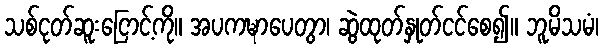
သစ်ငုတ်ဆူးငြောင့်ကို။ အပကဍ္ဎာပေတွာ၊ ဆွဲထုတ်နှုတ်ငင်စေ၍။ ဘူမိသမံ၊